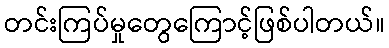
တင်းကြပ်မှုတွေကြောင့်ဖြစ်ပါတယ်။